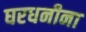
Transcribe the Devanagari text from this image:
घरधनीना